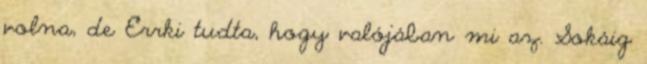
volna, de Errki tudta, hogy valójában mi az. Sokáig